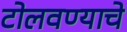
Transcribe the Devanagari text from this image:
टोलवण्याचे